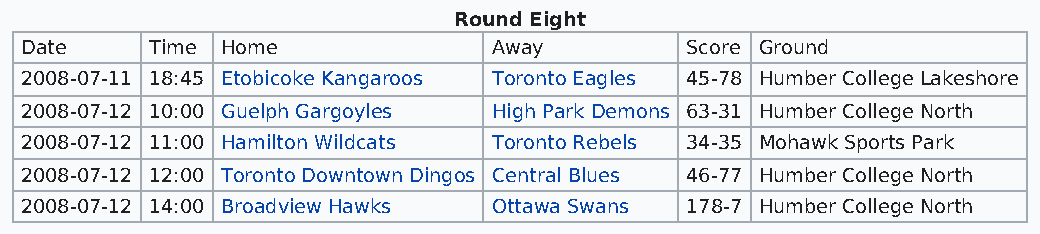
Round Eight
 Date     Time Home              Away        Score Ground
 2008-07-11 18:45 Etobicoke Kangaroos Toronto Eagles 45-78 Humber College Lakeshore
 2008-07-12 10:00 Guelph Gargoyles High Park Demons 63-31 Humber College North
 2008-07-12 11:00 Hamilton Wildcats Toronto Rebels 34-35 Mohawk Sports Park
 2008-07-12 12:00 Toronto Downtown Dingos Central Blues 46-77 Humber College North
 2008-07-12 14:00 Broadview Hawks Ottawa Swans 178-7 Humber College North